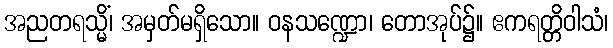
အညတရသ္မိံ၊ အမှတ်မရှိသော။ ဝနသဏ္ဍော၊ တောအုပ်၌။ ဧကရတ္တိဝါသံ၊